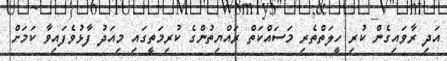
އަދި ރާވައިގެން ކުރި ހީލަތްތެރި މަސައްކަތް ރައްޔިތުންގެ ކުރިމަތީގައި މިއަދު ފާޅުވެފައިވާ ކަމަށް